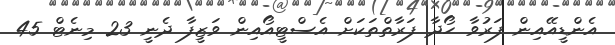
އެންޑީއޭއިން ފަރުވާ ހޯދާ ފަރާތްތަކަށް އެސްޓީއޯއިން ވަޒީފާ ދެނީ 23 މިނެޓް 45